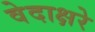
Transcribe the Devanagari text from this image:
वेदाक्षरे